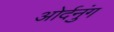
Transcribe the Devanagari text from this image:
ओर्दनुंग